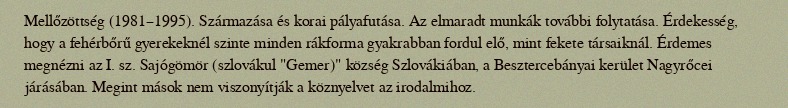
Mellőzöttség (1981–1995). Származása és korai pályafutása. Az elmaradt munkák további folytatása. Érdekesség, hogy a fehérbőrű gyerekeknél szinte minden rákforma gyakrabban fordul elő, mint fekete társaiknál. Érdemes megnézni az I. sz. Sajógömör (szlovákul "Gemer)" község Szlovákiában, a Besztercebányai kerület Nagyrőcei járásában. Megint mások nem viszonyítják a köznyelvet az irodalmihoz.